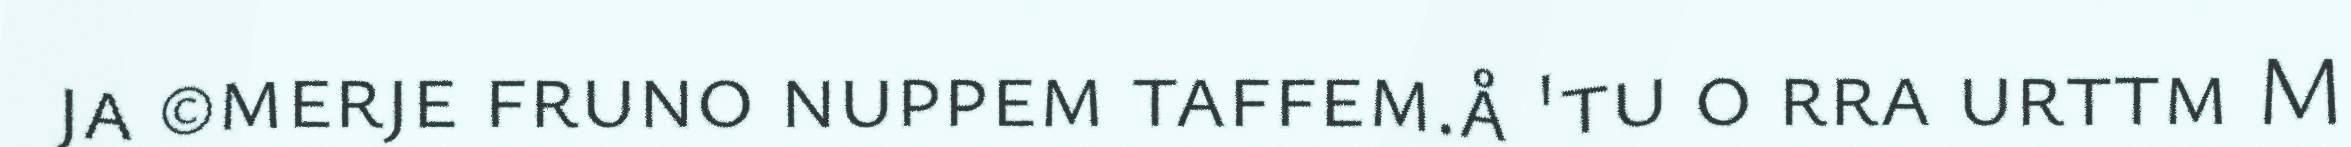
ja ©merje fruno nuppem taffem.å 'tu o rra urttm M